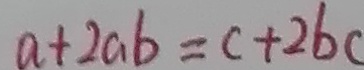
a + 2 a b = c + 2 b c